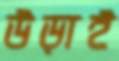
উড়াই